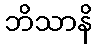
ဘိသာနိ